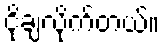
ငိုချလိုက်တယ်။